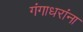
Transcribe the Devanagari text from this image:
गंगाधरांना